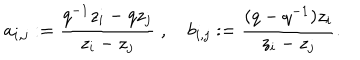
LaTeX: a _ { i , j } : = \frac { q ^ { - 1 } z _ { i } - q z _ { j } } { z _ { i } - z _ { j } } \; , \quad b _ { i , j } : = \frac { ( q - q ^ { - 1 } ) z _ { i } } { z _ { i } - z _ { j } } .